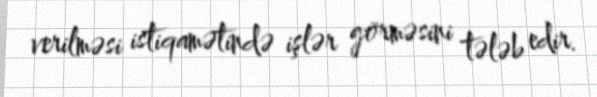
verilməsi istiqamətində işlər görməsini tələb edir.